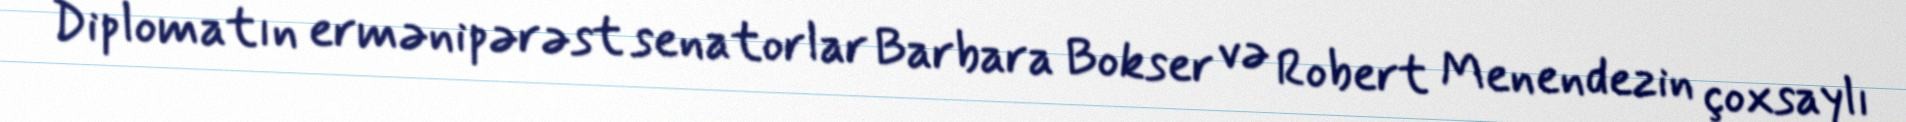
Diplomatın ermənipərəst senatorlar Barbara Bokser və Robert Menendezin çoxsaylı